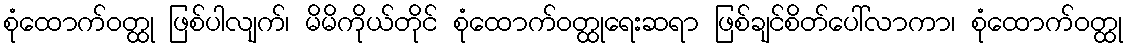
စုံထောက်ဝတ္ထု ဖြစ်ပါလျက်၊ မိမိကိုယ်တိုင် စုံထောက်ဝတ္ထုရေးဆရာ ဖြစ်ချင်စိတ်ပေါ်လာကာ၊ စုံထောက်ဝတ္ထု